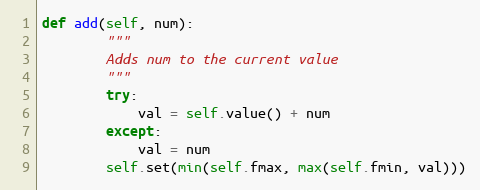
Language: Python
def add(self, num):
        """
        Adds num to the current value
        """
        try:
            val = self.value() + num
        except:
            val = num
        self.set(min(self.fmax, max(self.fmin, val)))